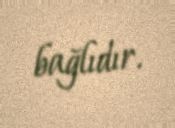
bağlıdır.